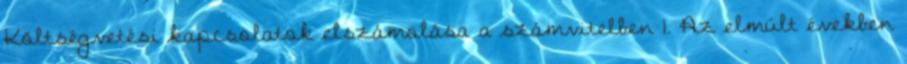
Költségvetési kapcsolatok elszámolása a számvitelben 1. Az elmúlt években